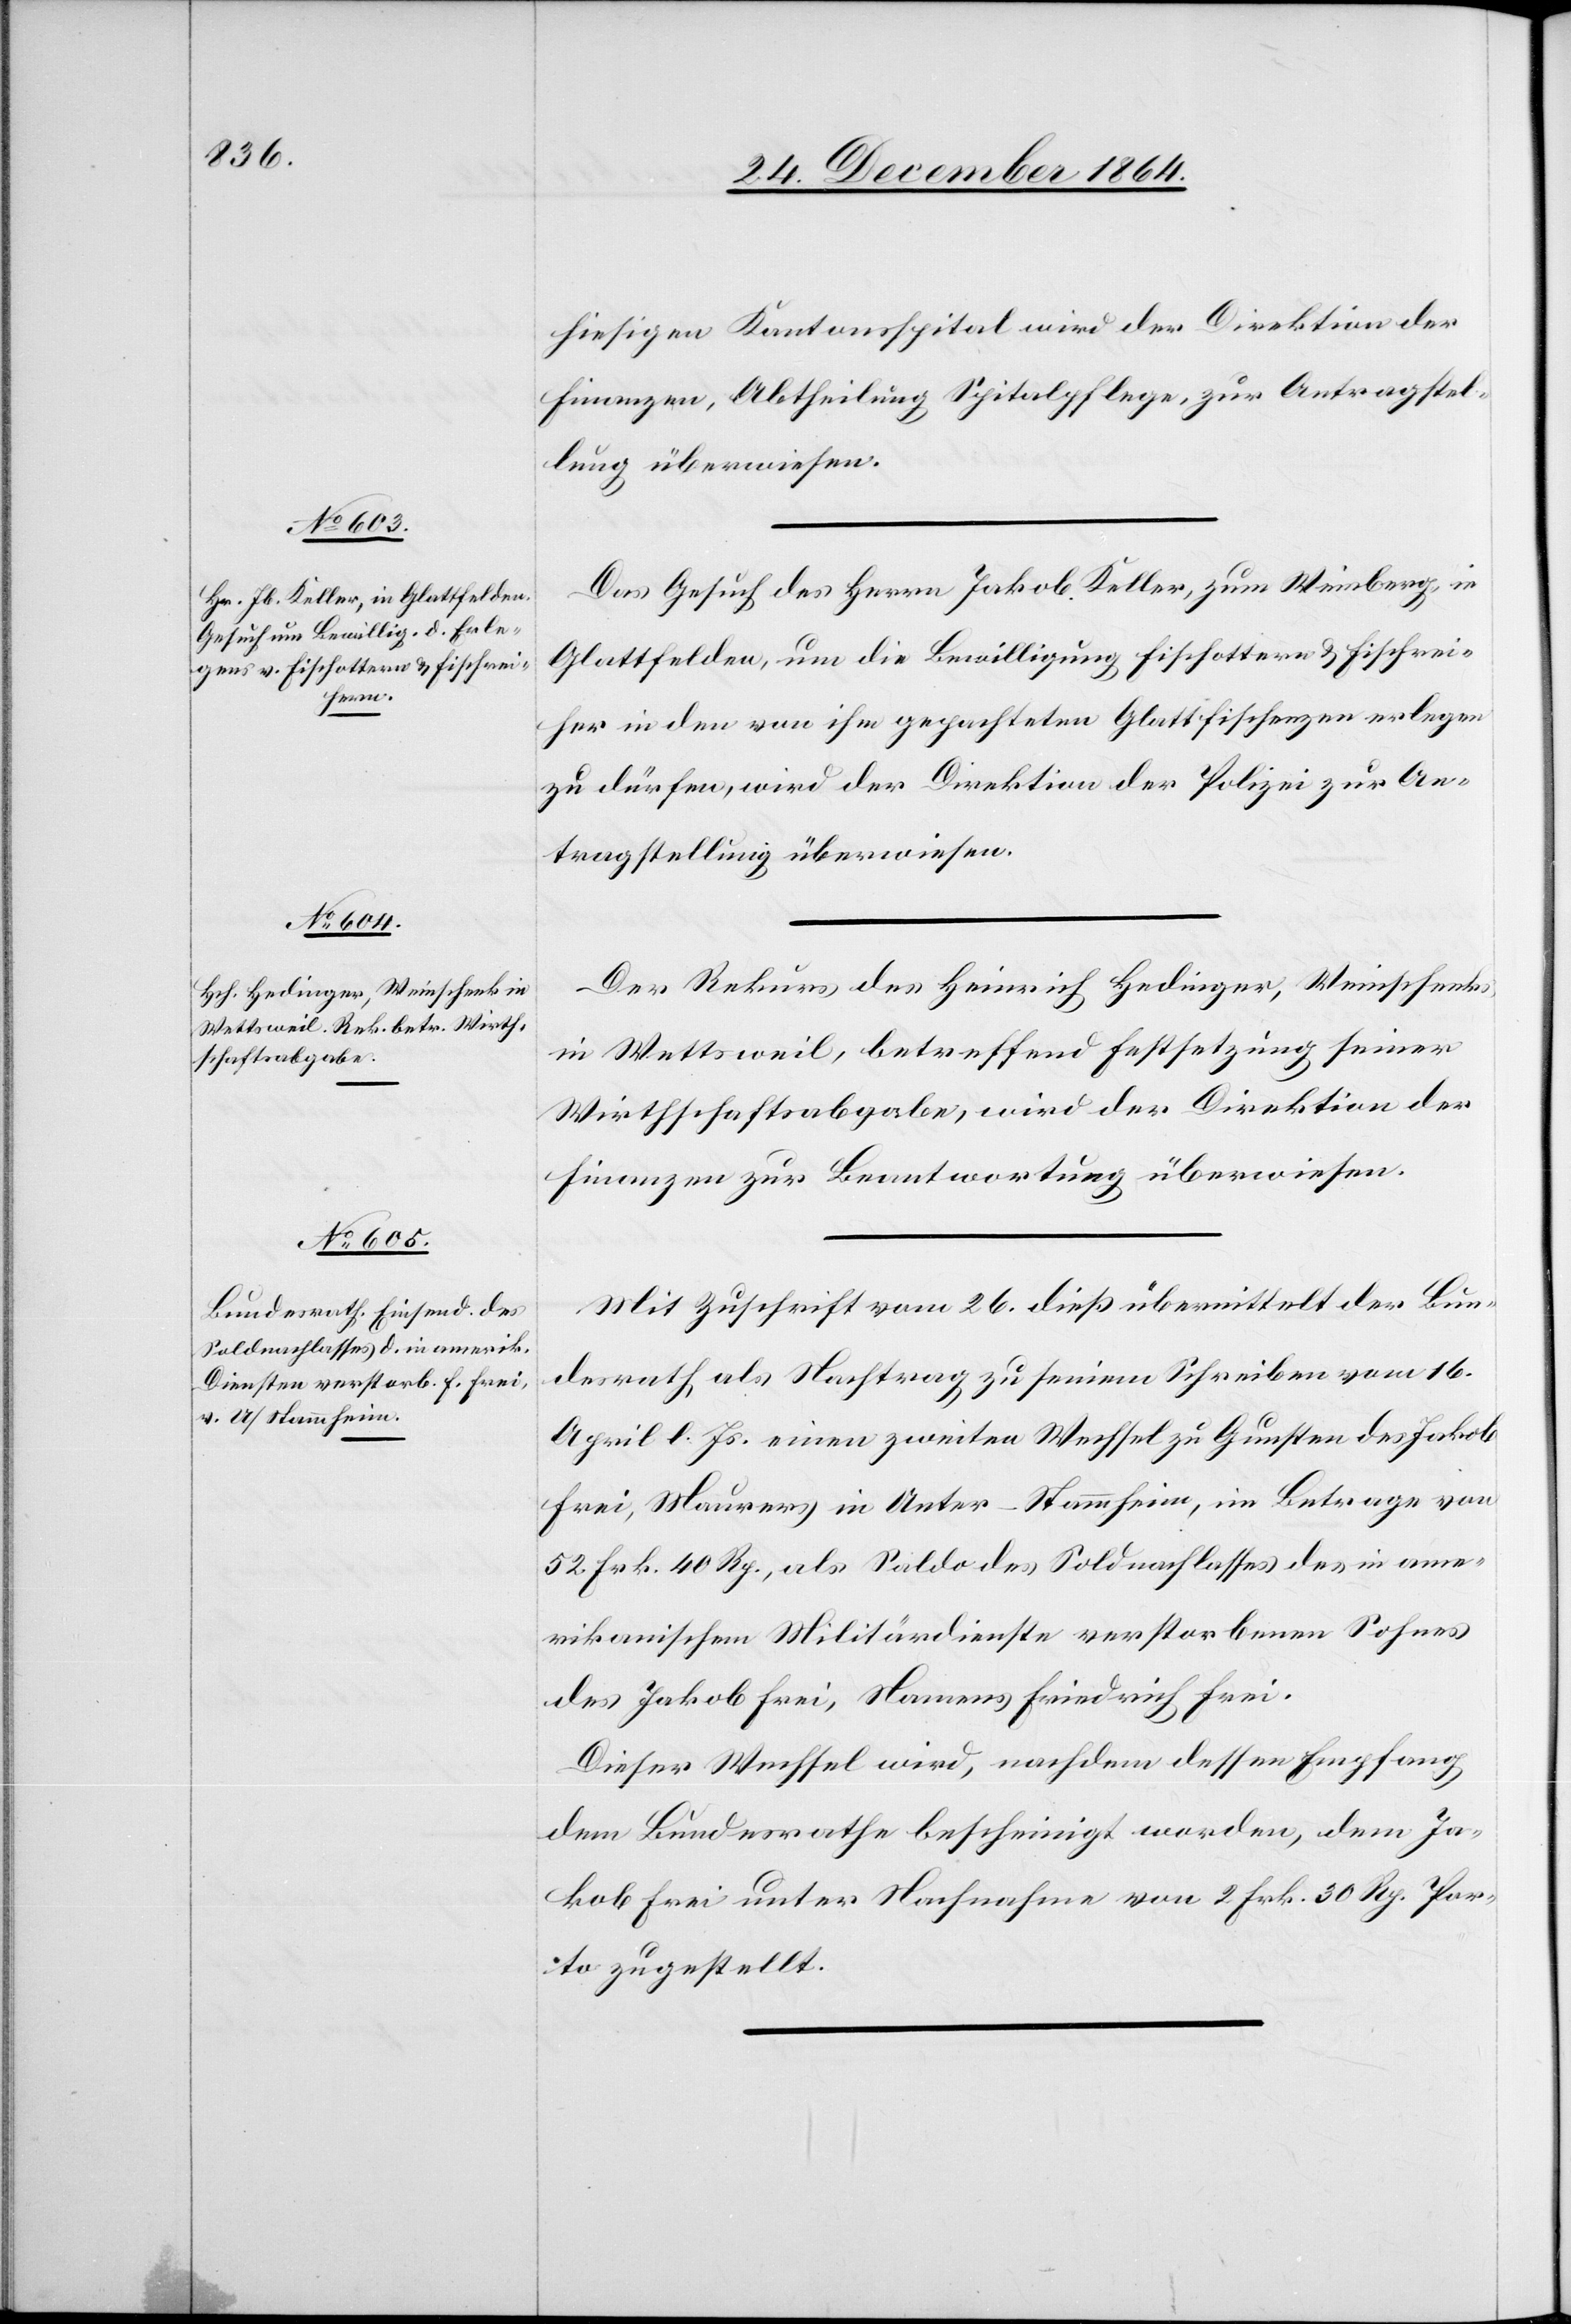
30. December 1864.]
hiesigen Kantonsspital wird der Direktion der
Finanzen, Abtheilung Spitalpflege, zur Antragstel¬
lung überwiesen.
Das Gesuch des Herrn Jakob Keller, zum Weinberg, in
Glattfelden, um die Bewilligung Fischottern & Fischrei¬
her in den von ihm gepachteten Glattfischenzen erlegen
zu dürfen, wird der Direktion der Polizei zur An¬
tragstellung überwiesen.
Der Rekurs des Heinrich Hedinger, Weinschenks,
in Wettsweil, betreffend Festsetzung seiner
Wirthschaftsabgabe, wird der Direktion der
Finanzen zur Beantwortung überwiesen.
Mit Zuschrift vom 26. dieß übermittelt der Bun¬
desrath als Nachtrag zu seinem Schreiben vom 16.
April l. Js. einen zweiten Wechsel zu Gunsten des Jakob
Frei, Maurers, in Unter-Stammheim, im Betrage von
52 Frk. 40 Rp., als Saldo des Soldnachlasses des in ame¬
rikanischem Militärdienste verstorbenen Sohnes
des Jakob Frei, Namens Friedrich Frei.
Dieser Wechsel wird, nachdem dessen Empfang
dem Bundesrathe bescheinigt worden, dem Ja¬
kob Frei unter Nachnahme von 2 Frk. 30 Rp. Por¬
to zugestellt.